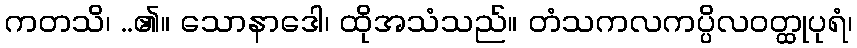
ကတသိ၊ ..၏။ သောနာဒေါ၊ ထိုအသံသည်။ တံသကလကပ္ပိလဝတ္ထုပုရံ၊